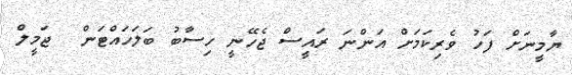
ޔާމީނަށް ފަހު ވެރިކަމަށް އަންނަ ރައީސް ޖެހޭނީ ހިސާބު ބަލަހައްޓަން  ޖަމީލް